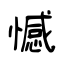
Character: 憾